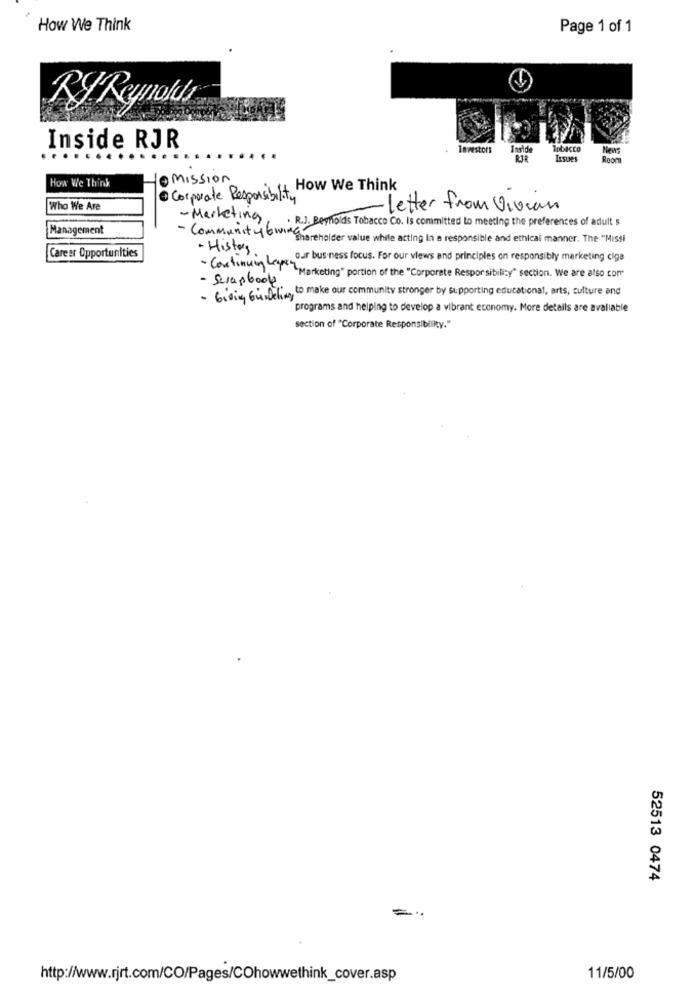
How We Think
Page 1 of 1
Inside RJR
Investors
Inside
Tobacco
New
RIR
Issues
Room
How We Think
to mission
· Corporate Responsi it How We Think
Who We Are
-letter from Vivian
- Marketing
. R.J. Reynolds Tobacco Co. Is committed to meeting the preferences of adult s
Management
- Community twing
shareholder value while acting In a responsible and ethical manner. The "Missi
- History
Career Opportunities
-Continuing Leyes our business focus. For our views and principles on responsibly marketing ciga
- Scrapbook
"Marketing" portion of the "Corporate Respor sibility" section. We are also com
- Giving Gi Deling to make our community stronger by supporting educational, arts, culture and
programs and helping to develop a vibrant economy. More details are avaliable
section of "Corporate Responsibility."
52513 0474
=
http://www.rjrt.com/CO/Pages/COhowwethink_cover.asp
11/5/00